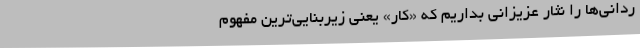
ردانی‌ها را نثار عزیزانی بداریم که «کار» یعنی زیربنایی‌‌ترین مفهوم